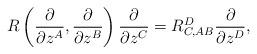
LaTeX: \begin{align*}R\left(\frac{\partial}{\partial z^A},\frac{\partial}{\partial z^B}\right)\frac{\partial}{\partial z^C}=R^D_{C, AB}\frac{\partial}{\partial z^D},\end{align*}